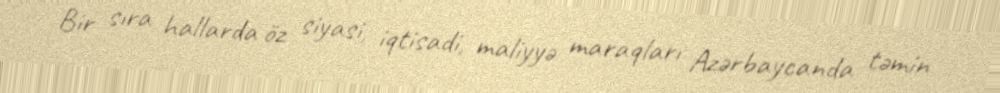
Bir sıra hallarda öz siyasi, iqtisadi, maliyyə maraqları Azərbaycanda təmin